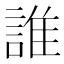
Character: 誰